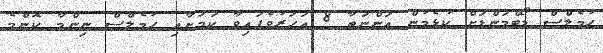
ހުމެލްސް ޑޯޓްމަންޑަށް ކުޅެމުން އަންނަތާ 8 އަހަރުވެފައިވާ ކަމަށާއި ހުމެލްސް ނިންމާ ކޮންމެ